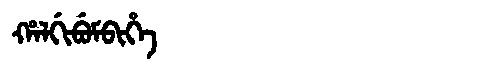
Manchu: ᡥᠠᠯᡤᡳᠪᡠᠮᠪᡳᡥᡝ
Romanization: HALGIBUMBIHE